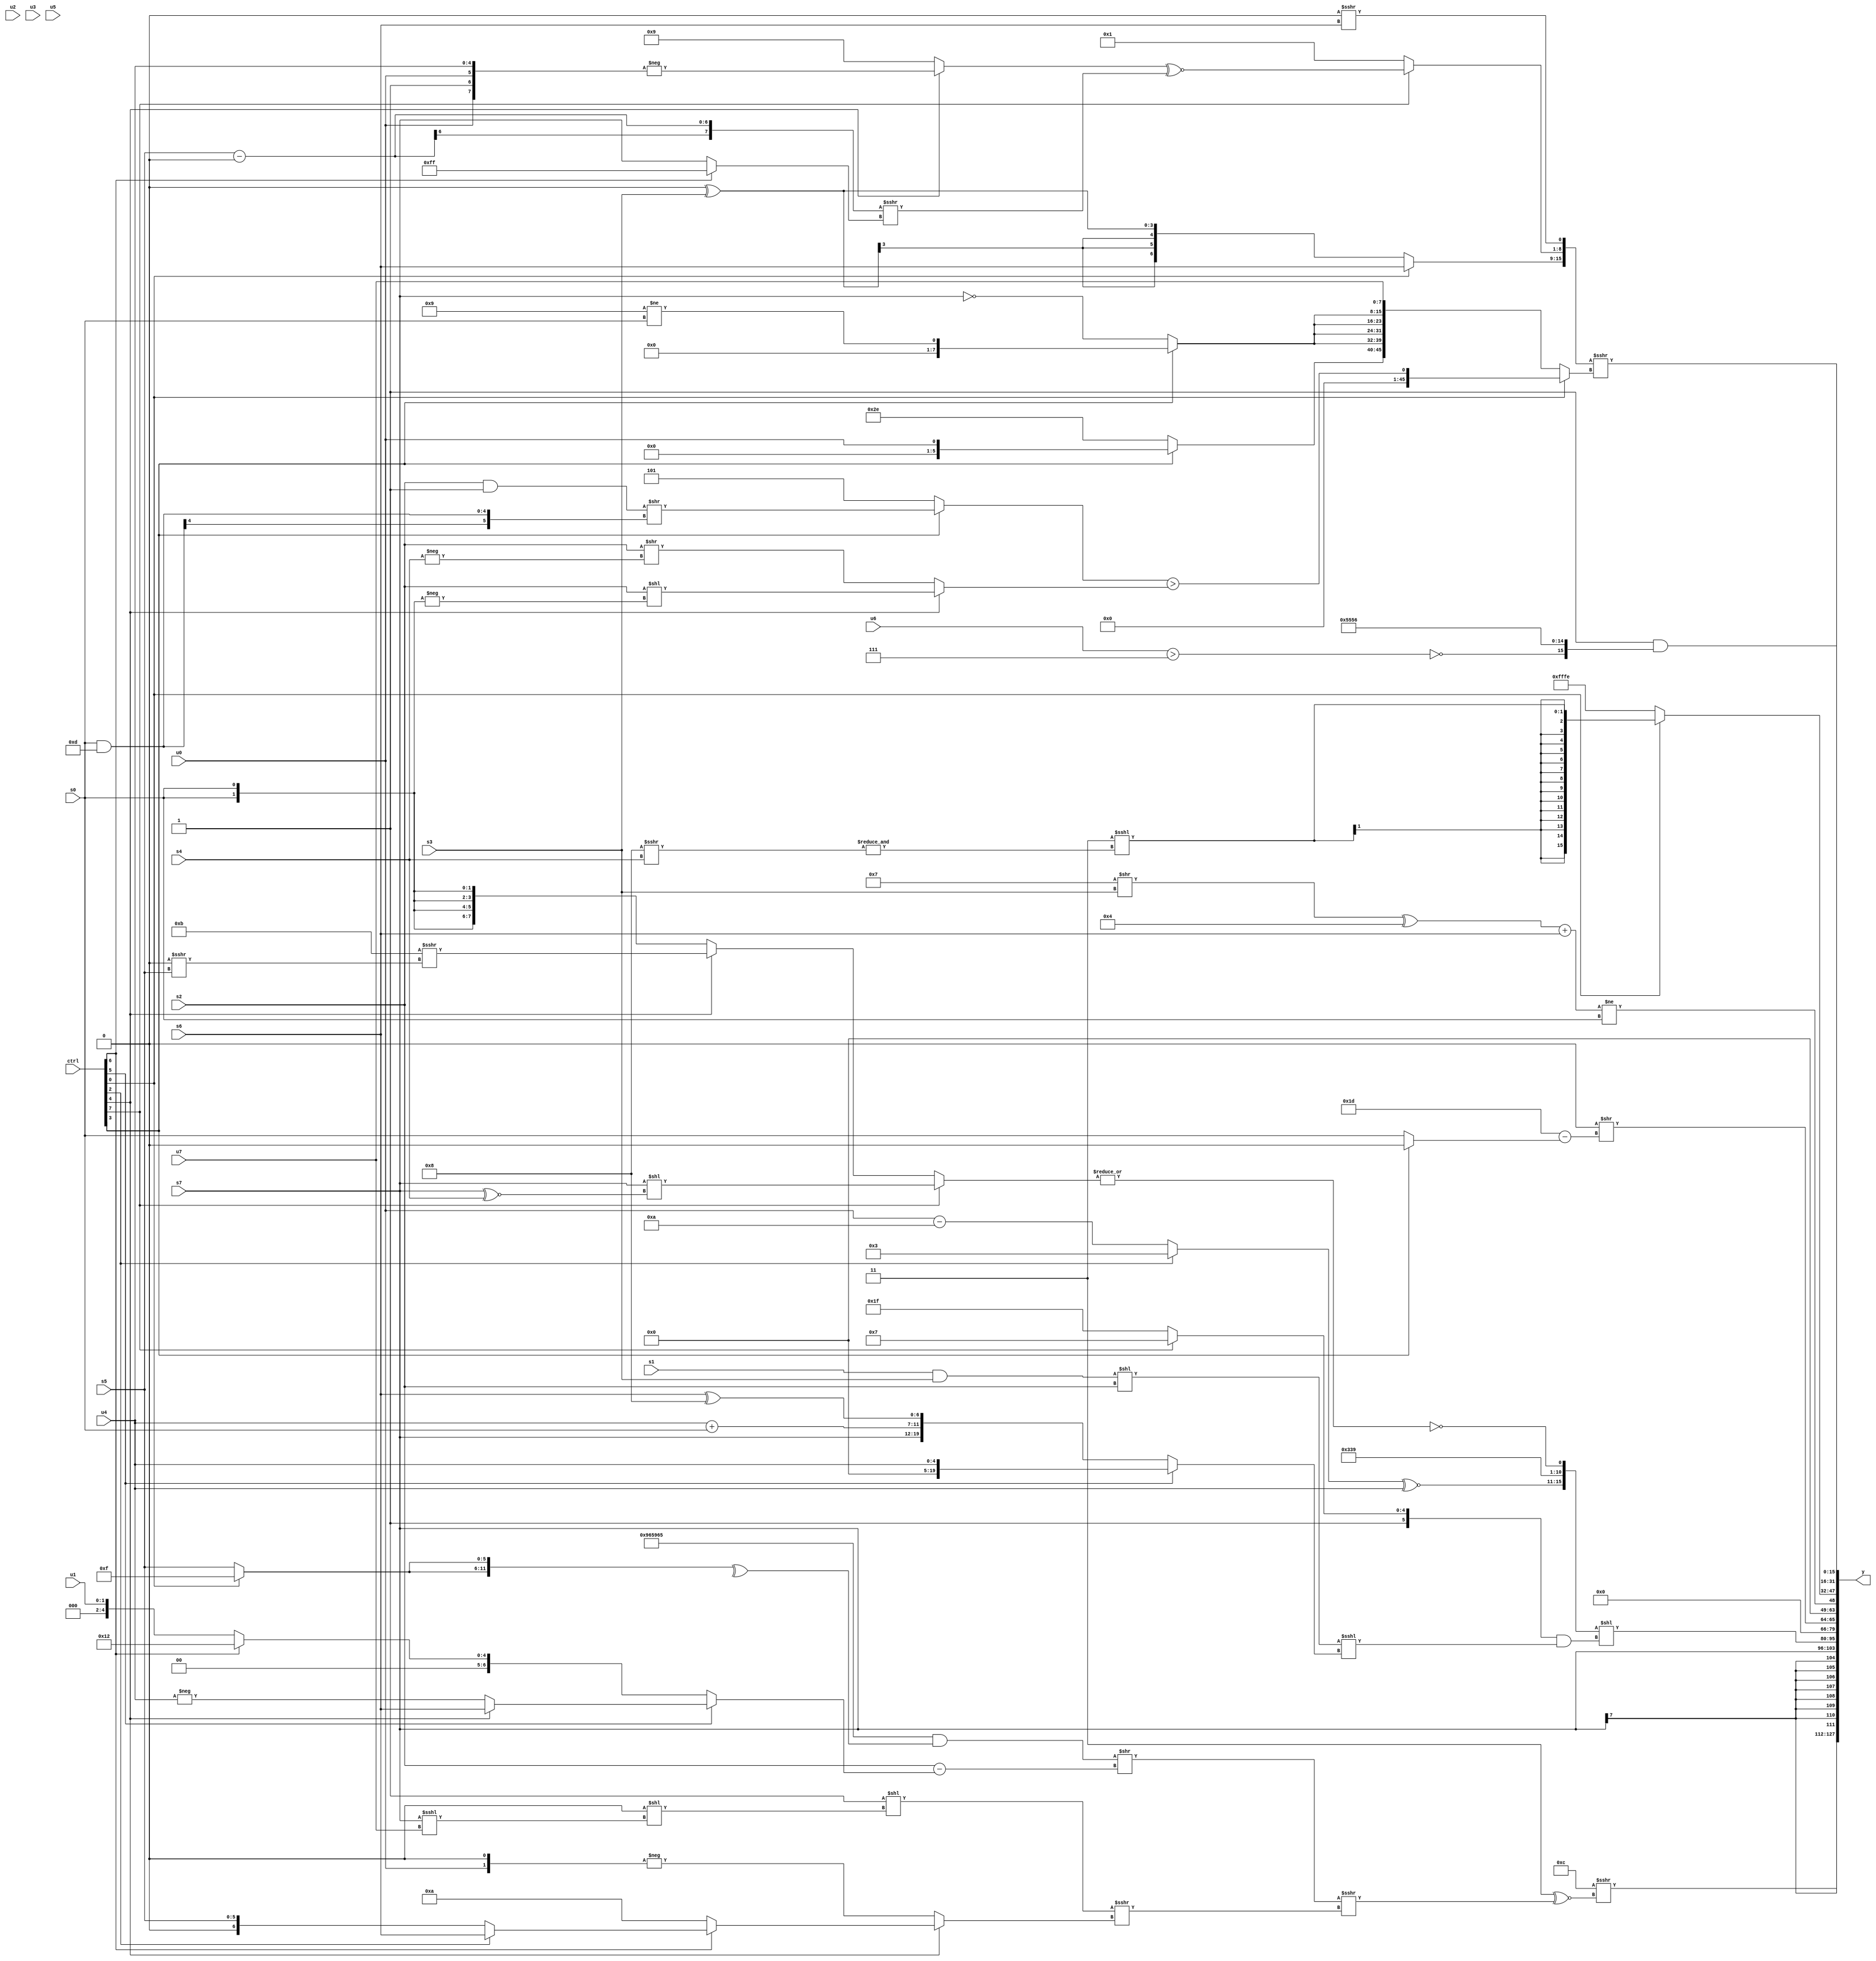
module wideexpr_00565(ctrl, u0, u1, u2, u3, u4, u5, u6, u7, s0, s1, s2, s3, s4, s5, s6, s7, y);
  input [7:0] ctrl;
  input [0:0] u0;
  input [1:0] u1;
  input [2:0] u2;
  input [3:0] u3;
  input [4:0] u4;
  input [5:0] u5;
  input [6:0] u6;
  input [7:0] u7;
  input signed [0:0] s0;
  input signed [1:0] s1;
  input signed [2:0] s2;
  input signed [3:0] s3;
  input signed [4:0] s4;
  input signed [5:0] s5;
  input signed [6:0] s6;
  input signed [7:0] s7;
  output [127:0] y;
  wire [15:0] y0;
  wire [15:0] y1;
  wire [15:0] y2;
  wire [15:0] y3;
  wire [15:0] y4;
  wire [15:0] y5;
  wire [15:0] y6;
  wire [15:0] y7;
  assign y = {y0,y1,y2,y3,y4,y5,y6,y7};
  assign y0 = (6'sb001100)>>>((3'sb011)^~(((({4{6'sb100101}})&(^({2{{1{(ctrl[0]?5'sb01111:s5)}}}})))>>((s2)-((ctrl[5]?(ctrl[5]?(ctrl[4]?s6:-(u4)):$signed($signed(s2))):(ctrl[5]?($signed(5'b10000))<<<({5'b11111,6'sb111110,s6}):$signed((ctrl[6]?5'sb10010:u1)))))))>>>(($unsigned((((2'b11)>>>(1'sb1))<<(((4'sb0100)<<(2'sb11))<<((s7)<<<(u7))))>>>((ctrl[4]?(ctrl[6]?(ctrl[2]?s6:s5):4'sb1010):-((u0)<<(5'b00001))))))<<<(2'sb00))));
  assign y1 = +(s7);
  assign y2 = $signed(({((ctrl[2]?2'sb11:(u0)-(5'b01010)))^~(u4),{2{5'sb11001}},~|((ctrl[7]?+((s7)<<((s7)^~(s4))):(ctrl[4]?(4'sb1011)>>>((1'sb0)>>>(s5)):$signed(-(s0)))))})<<(((ctrl[7]?6'sb100111:$signed(3'sb111)))&(((($signed($signed(s1)))&($signed(s3)))<<($signed(s2)))<<<($signed((ctrl[5]?u4:{$signed(s7),(u4)+(s0),(s6)^(6'sb111000)}))))));
  assign y3 = +({1{($unsigned(2'sb00))>>((6'sb011101)-((ctrl[3]?1'sb0:s0)))}});
  assign y4 = (($signed($signed((((1'sb1)>>(2'sb01))>>(s3))^(4'sb0100))))+(s6))!=(s0);
  assign y5 = +((ctrl[0]?$signed(({1{(ctrl[5]?2'sb11:1'sb1)}})<<<(&((4'sb1000)>>>(s4)))):$signed($signed((-(1'b0))|($signed(2'sb10))))));
  assign y6 = (1'sb1)&({$signed($unsigned(~|((u6)>($unsigned(3'sb111))))),{3{{1{$signed(+($signed(4'sb1010)))}}}},3'sb110});
  assign y7 = ({(ctrl[0]?s6:(5'sb00000)^($signed(+(s3)))),(ctrl[7]?((ctrl[4]?-({u0,1'b1,u0,u4}):+(4'b1001)))^~(((+(s5))-(-(1'sb0)))>>>((ctrl[6]?+(5'sb11111):(ctrl[6]?s6:s7)))):1'sb1),+((1'b0)>>>(s6))})>>>((ctrl[0]?((ctrl[3]?((s2)&($signed(1'sb1)))>>(($signed(s0))&(6'sb001101)):3'sb101))>((ctrl[4]?(s2)<<(-({2{s0}})):(s2)>>(-(s4)))):{(ctrl[3]?u0:$unsigned(6'sb101110)),{{4{(ctrl[3]?(4'sb1001)!=(s0):~(s7))}}},u7}));
endmodule